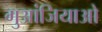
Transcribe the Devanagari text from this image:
गुआंजियाओ